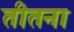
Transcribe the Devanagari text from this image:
तीतना